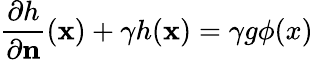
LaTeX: \frac{\partial h}{\partial\mathbf{n}}(\mathbf{x})+\gamma h(\mathbf{x})=\gamma g\phi(x)